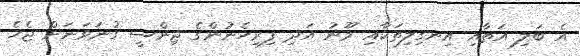
އެ ބަލި އަތާއި އިނގިލިތަކާއި މޫނު އަދި ފިރިހެނުންގެ ޖިންސީ ގުނަވަނަށް ޖެހެ